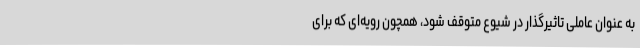
به عنوان عاملی تاثیرگذار در شیوع متوقف شود، همچون رویه‌ای که برای